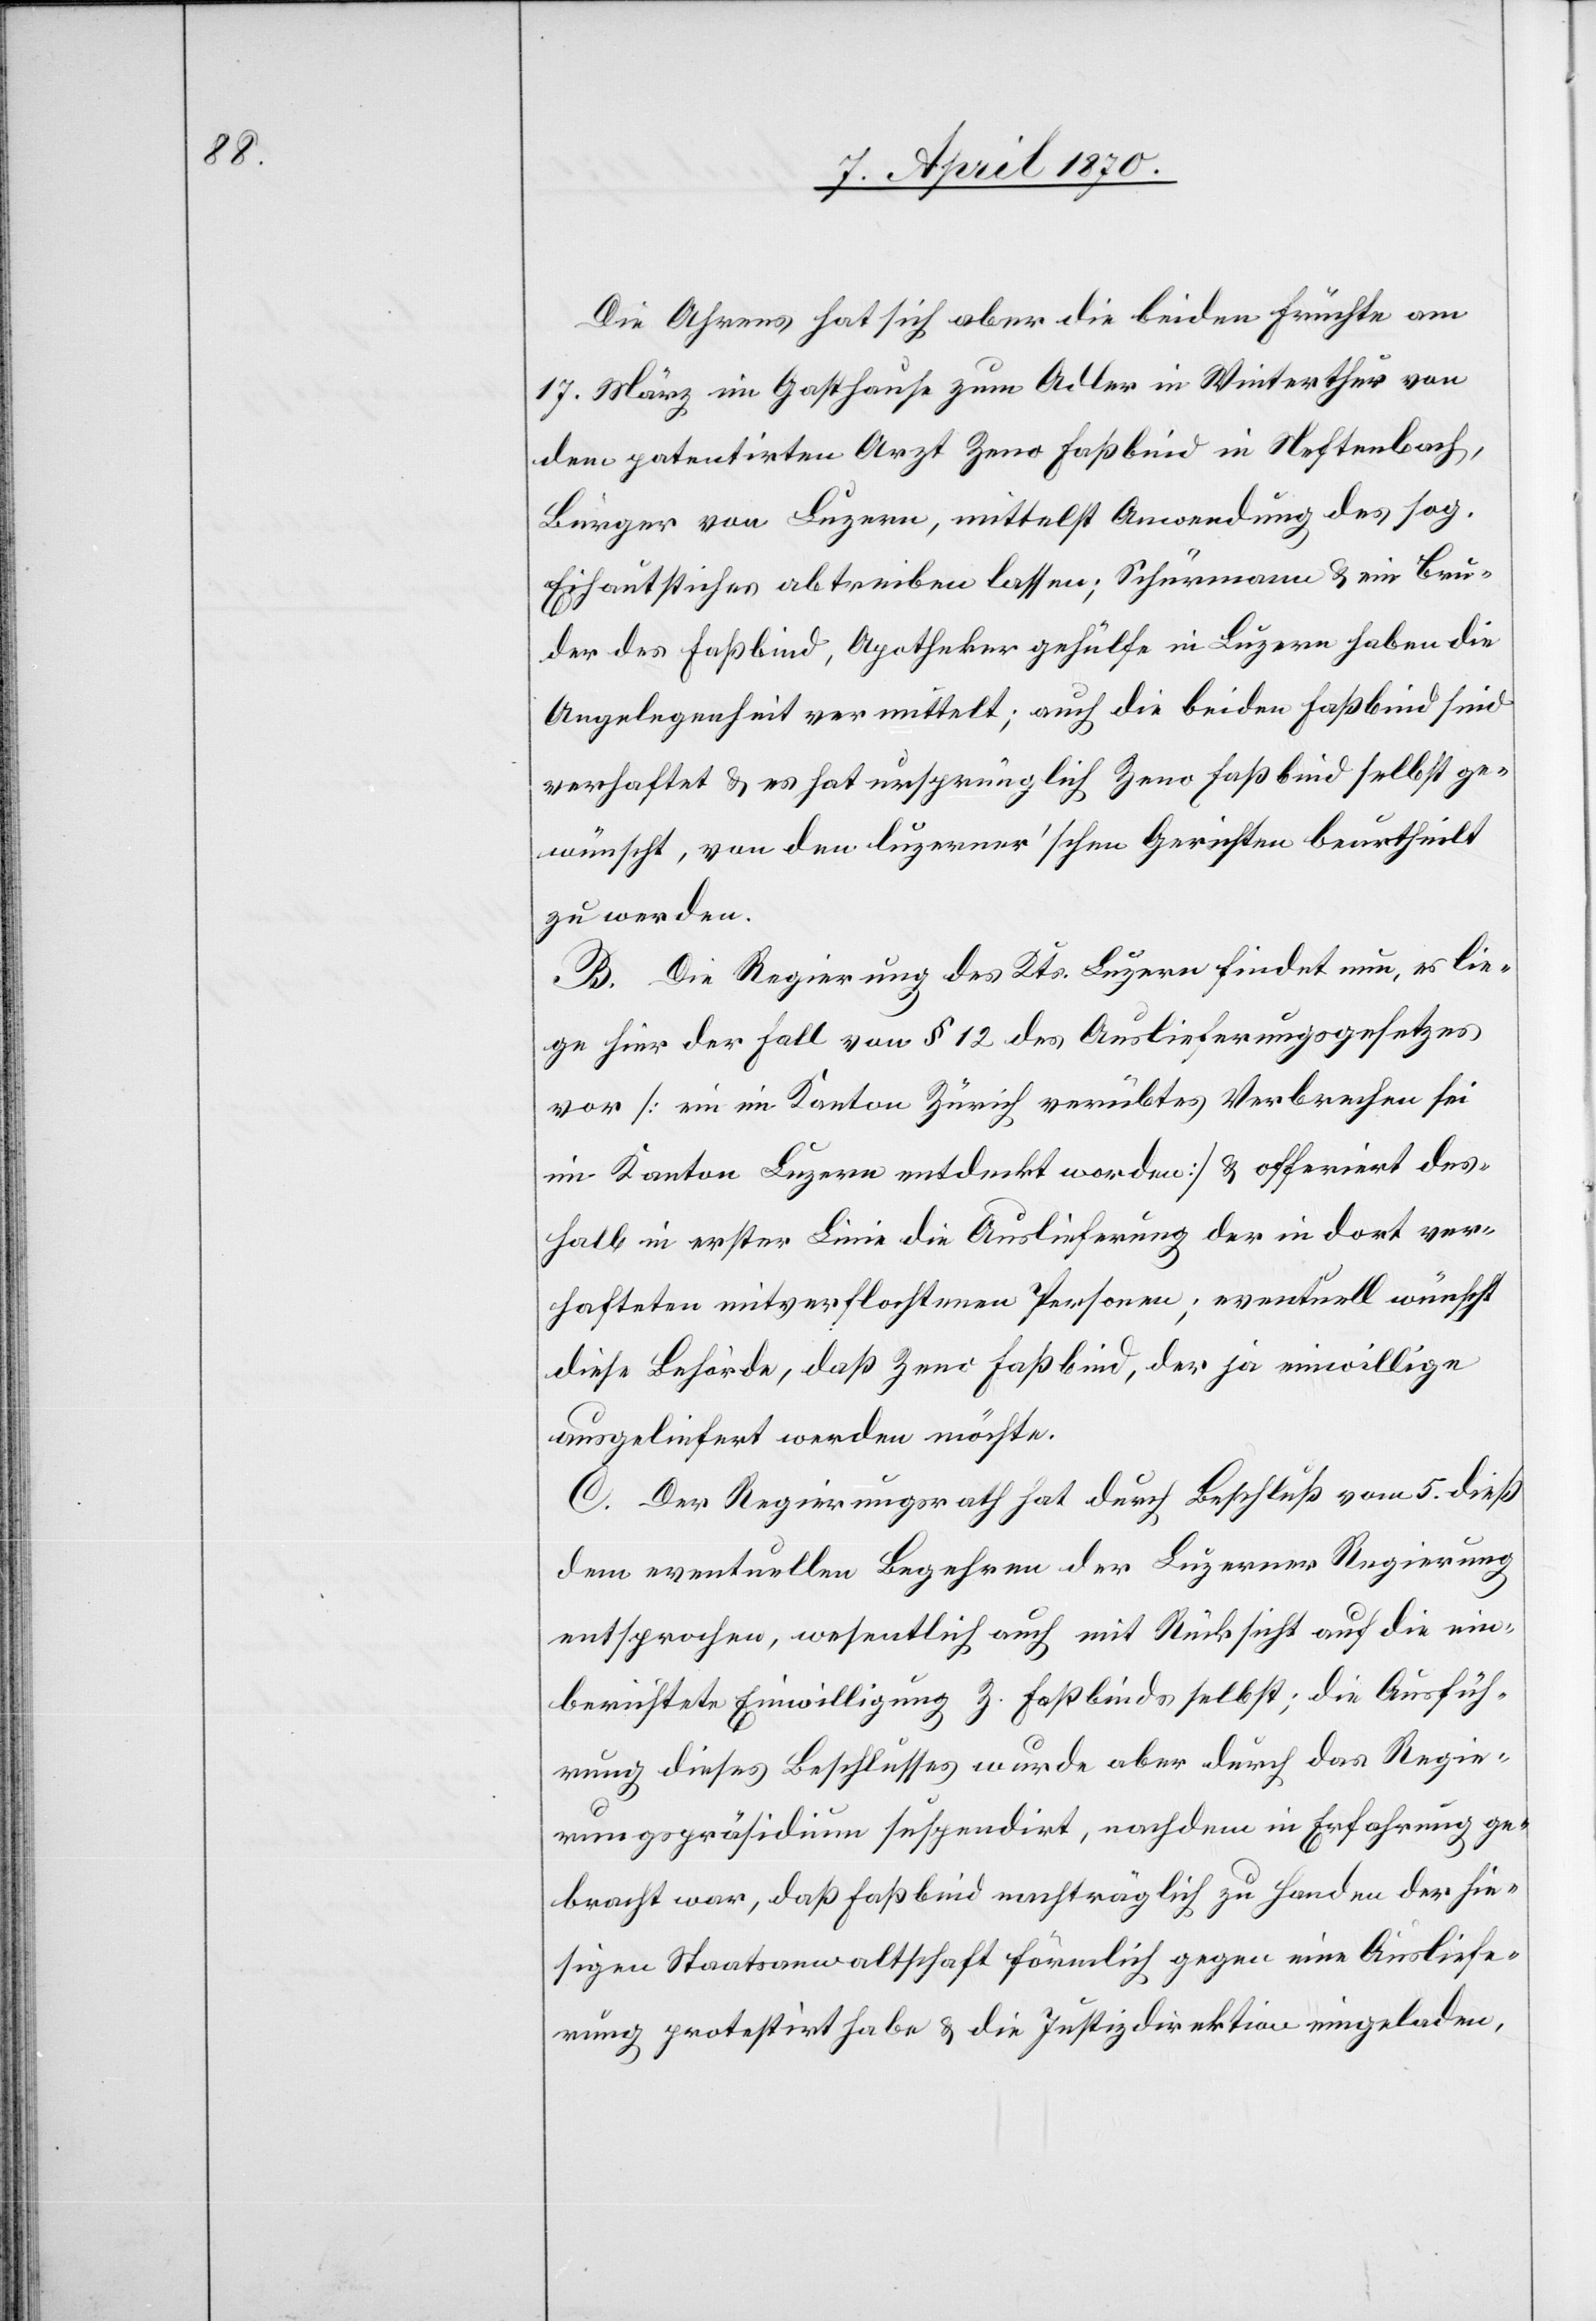
Die Ahrens hat sich aber die beiden Früchte am
17. März im Gasthause Adler in Winterthur von
dem patentirten Arzt Zeno Faßbind in Neftenbach,
Bürger von Luzern, mittelst Anwendung des sog.
Eihautstiches abtreiben lassen; Schürmann & ein Bru¬
der des Faßbind, Apothekergehülfe in Luzern haben die
Angelegenheit vermittelt; auch die beiden Faßbind sind
verhaftet & es hat ursprünglich Zeno Faßbind selbst ge¬
wünscht, von den luzerner’schen Gerichten beurtheilt
zu werden.
B. Die Regierung des Kts. Luzern findet nun, es lie¬
ge hier der Fall von § 12 des Auslieferungsgesetzes
vor [ein im Kanton Zürich verübtes Verbrechen sei
im Kanton Luzern entdeckt worden] & offerirt des¬
halb in erster Linie die Auslieferung der in dort ver¬
hafteten mitverflochtenen Personen; eventuell wünscht
diese Behörde, daß Zeno Faßbind, der ja einwillige[,]
ausgeliefert werden möchte.
C. Der Regierungsrath hat durch Beschluß vom 5. dieß
dem eventuellen Begehren der Luzerner Regierung
entsprochen, wesentlich auch mit Rücksicht auf die ein¬
berichtete Einwilligung Z. Faßbinds selbst; die Ausfüh¬
rung dieses Beschlusses wurde aber durch das Regie¬
rungspräsidium suspendirt, nachdem in Erfahrung ge¬
bracht war, daß Faßbind nachträglich zu Handen der hie¬
sigen Staatsanwaltschaft förmlich gegen eine Ausliefe¬
rung protestirt habe & die Justizdirektion eingeladen,